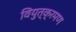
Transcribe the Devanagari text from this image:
वियुत्क्रमण